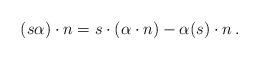
LaTeX: \begin{align*} (s\alpha) \cdot n = s\cdot (\alpha \cdot n) -\alpha(s) \cdot n\,. \end{align*}